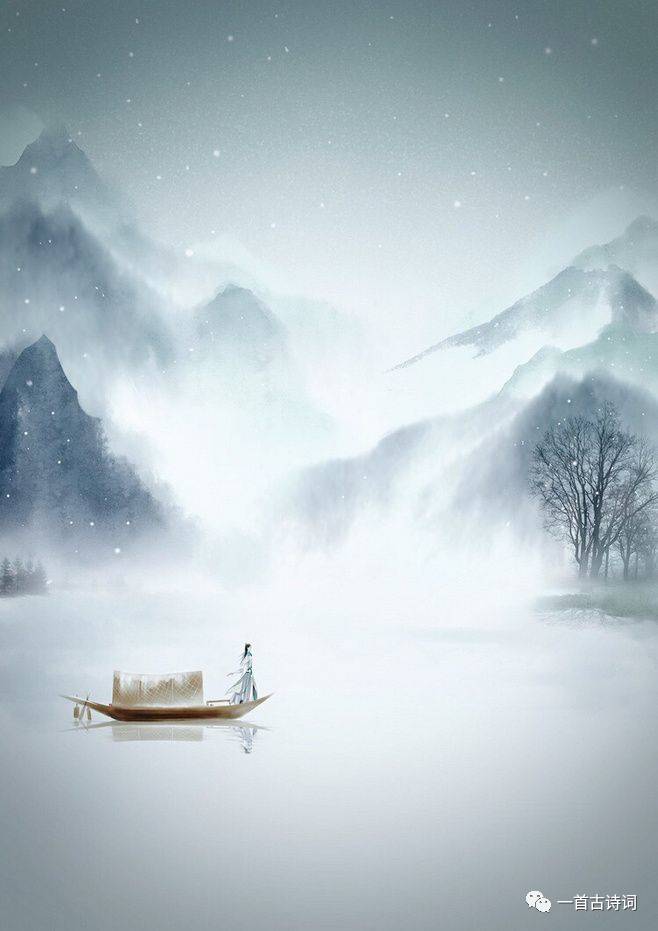
后夜相思，尘随马去，月逐舟行。